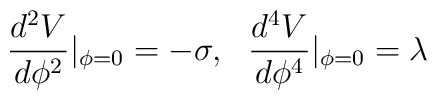
\frac{d^2 V}{d\phi^2}|_{\phi=0}=-\sigma,~~\frac{d^4V}{d\phi^4}|_{\phi=0}=\lambda